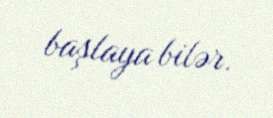
başlaya bilər.